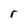
Character: r